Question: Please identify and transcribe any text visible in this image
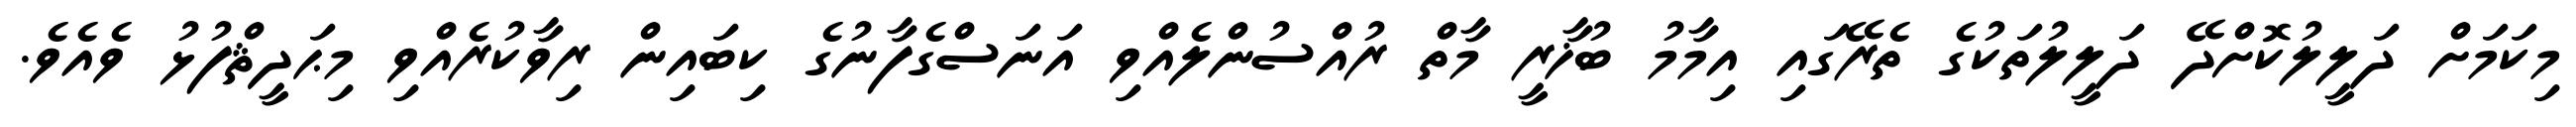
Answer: މިކަމަށް ދަލީލުކޮށްދޭ ދަލީލުތަކުގެ ތެރޭގައި އިމާމު ބުޚާރީ މާތް ރުއްސުންލެއްވި އަނަސްގެފާނުގެ ކިބައިން ރިވާކުރެއްވި މިޙަދީޘްފުޅު ވެއެވެ.